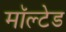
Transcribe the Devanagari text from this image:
मॉल्टेड